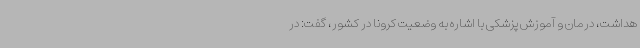
هداشت، درمان و آموزش پزشکی با اشاره به وضعیت کرونا در کشور، گفت: در